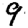
Digit: 9